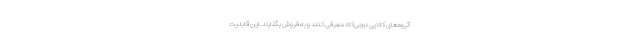
گروه‌های کالایی دیجی‌کالا معرفی کنند و به فروش بگذارند. این قابلیت